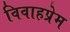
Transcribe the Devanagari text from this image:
विवाहप्रेम